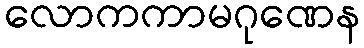
လောကကာမဂုဏေန